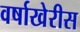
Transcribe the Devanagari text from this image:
वर्षाखेरीस